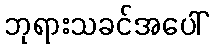
ဘုရားသခင်အပေါ်